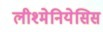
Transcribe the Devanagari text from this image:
लीश्मेनियेसिस